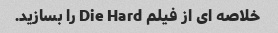
خلاصه ای از فیلم Die Hard را بسازید.